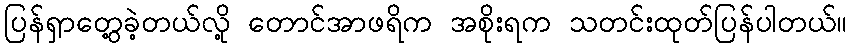
ပြန်ရှာတွေ့ခဲ့တယ်လို့ တောင်အာဖရိက အစိုးရက သတင်းထုတ်ပြန်ပါတယ်။